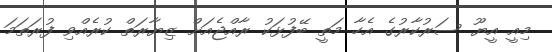
މިއީ އީޔޫ ސަރުކާރުގެ އެހާ މަތީ ބޭފުޅަކު ރާއްޖެއަށް ޒިޔާރަތް ކުރެއްވި ފުރަތަމަ